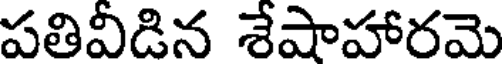
పతివీడిన శేషాహారమె